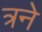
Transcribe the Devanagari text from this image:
त्रने